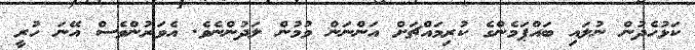
ކަޅުހެދުން ނުލައި ބައްޕަމެންގެ ކުރިމައްޗަށް އަންނަން ވުމުން ލަދުންނެވެ. އެވަރުންވެސް އޭނަ ހުރީ